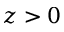
z > 0